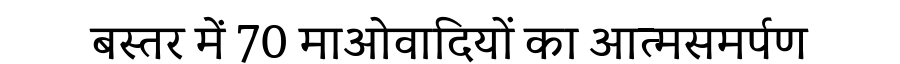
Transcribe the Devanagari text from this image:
बस्तर में 70 माओवादियों का आत्मसमर्पण